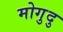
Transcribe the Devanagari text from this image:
मोगुदु